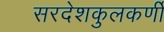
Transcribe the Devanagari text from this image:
सरदेशकुलकर्णी